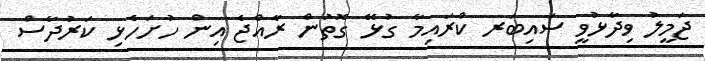
ޖަމީލު ވިދާޅުވީ ސައިބަރ ކްރައިމާ ގުޅޭ ގޮތުން ރާއްޖެ އިން ހުށަހެޅި ކަރުދާސް